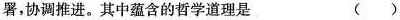
署，协调推进。其中蕴含的哲学道理是 ( )